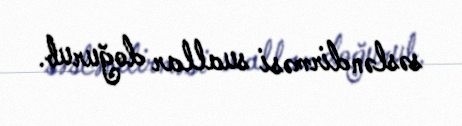
səsləndirməsi suallar doğurub.